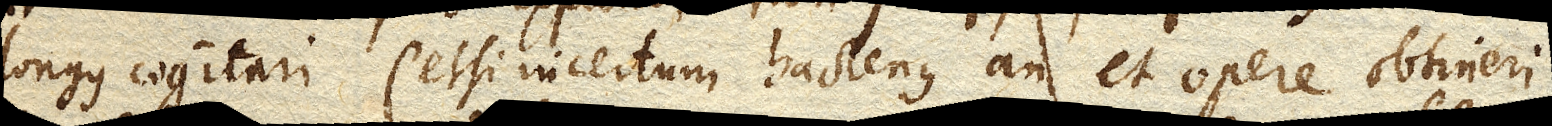
longus cogitari (etsi incertum hactenus an et opere obtineri)